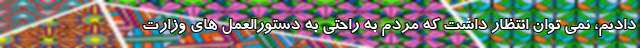
دادیم، نمی توان انتظار داشت که مردم به راحتی به دستورالعمل های وزارت